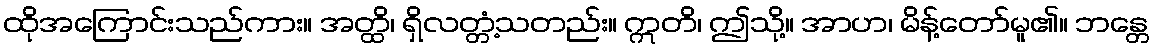
ထိုအကြောင်းသည်ကား။ အတ္ထိ၊ ရှိလတ္တံ့သတည်း။ ဣတိ၊ ဤသို့။ အာဟ၊ မိန့်တော်မူ၏။ ဘန္တေ